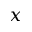
x